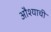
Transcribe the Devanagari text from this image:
औश्याची